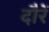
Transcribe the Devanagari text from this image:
दौरें